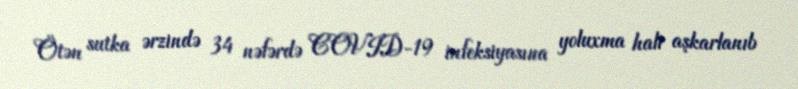
Ötən sutka ərzində 34 nəfərdə COVID-19 infeksiyasına yoluxma halı aşkarlanıb